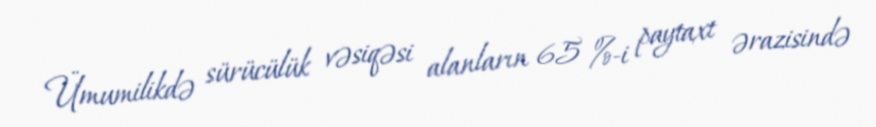
Ümumilikdə sürücülük vəsiqəsi alanların 65 %-i paytaxt ərazisində